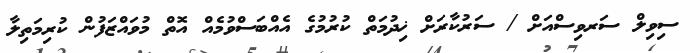
ސިވިލް ސަރވިސްއަށް / ސަރުކާރަށް ޚިދުމަތް ކުރުމުގެ އެއްބަސްވުމެއް އޮތް މުވައްޒަފުން ކުރިމަތިލާ